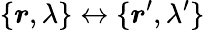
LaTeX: \{ \boldsymbol{r},\lambda\} \leftrightarrow\{ \boldsymbol{r}^{\prime},\lambda^{\prime}\}